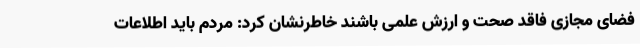
فضای مجازی فاقد صحت و ارزش علمی باشند خاطرنشان کرد: مردم باید اطلاعات